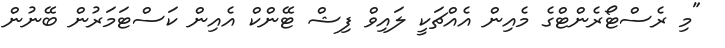
"މި ރެސްޓޯރެންޓްގެ މެއިން އެއްޗަކީ ލައިވް ފިޝް ޓޭންކް އެއިން ކަސްޓަމަރުން ބޭނުން